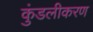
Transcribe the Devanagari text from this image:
कुंडलीकरण